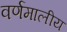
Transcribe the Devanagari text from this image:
वर्णमालीय